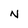
Character: N